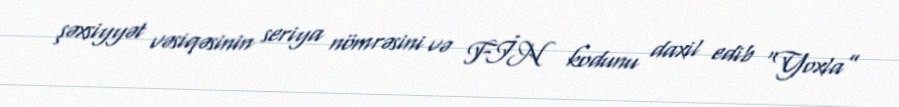
şəxsiyyət vəsiqəsinin seriya nömrəsini və FİN kodunu daxil edib “Yoxla”